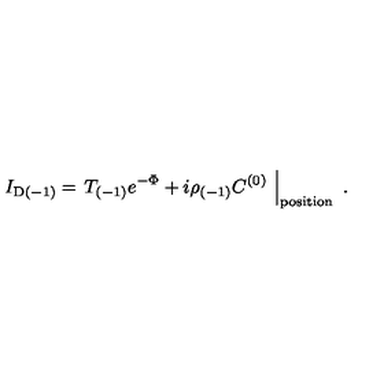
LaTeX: I _ { \mathrm { D } ( - 1 ) } = \left. T _ { ( - 1 ) } e ^ { - \Phi } + i \rho _ { ( - 1 ) } C ^ { ( 0 ) } \ \right| _ { \mathrm { p o s i t i o n } } \ .